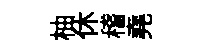
柚休稽堯